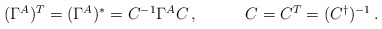
\begin{align*}\begin{array}{ll}(\Gamma^{A}){}^{T}=(\Gamma^{A}){}^{\ast}={C}^{-1}\Gamma^{A}{C}\,,~~~&~~~C=C^{T}=(C^{\dagger})^{-1}\,.\end{array}\end{align*}